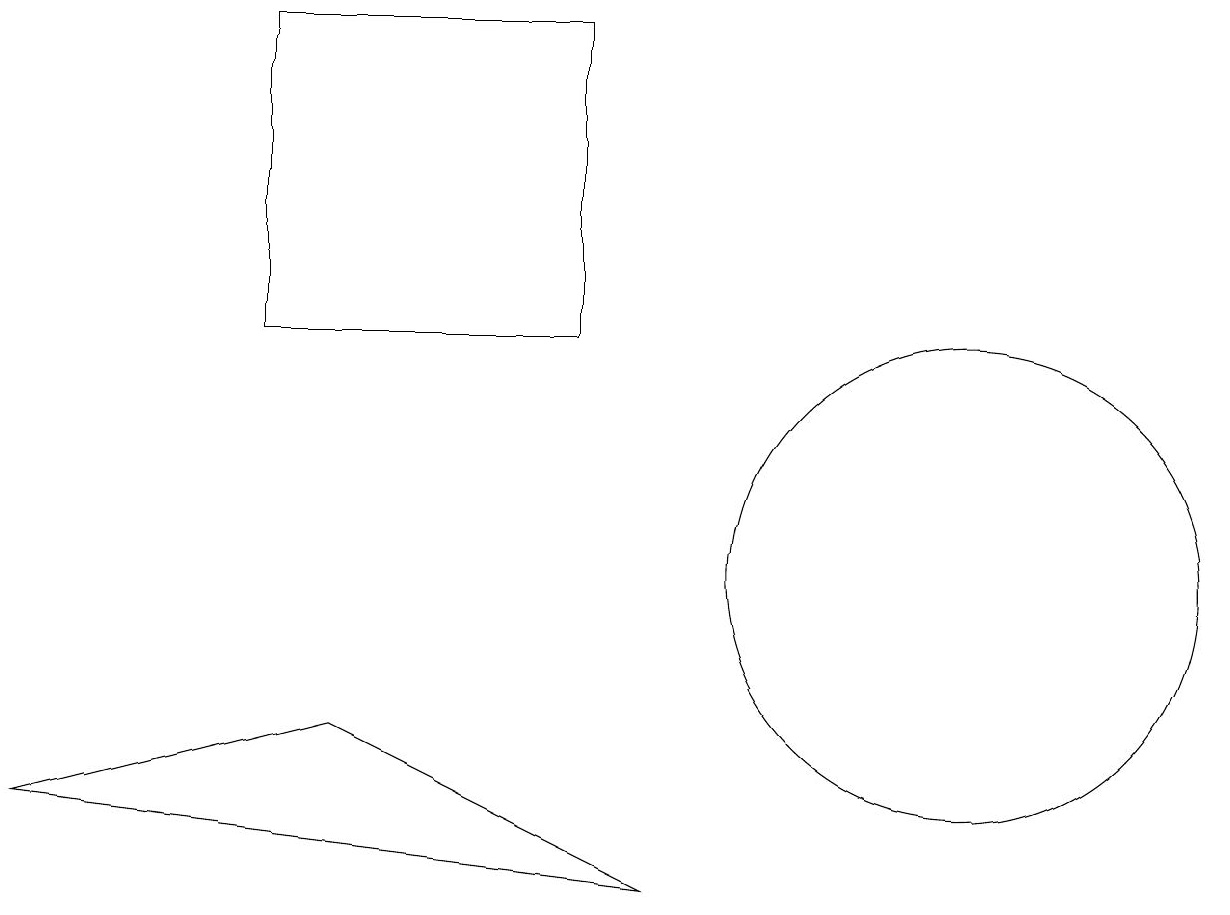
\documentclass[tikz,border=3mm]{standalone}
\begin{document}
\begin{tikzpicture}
\draw (7,17) rectangle (3,13);
\draw (4,8) -- (8,6) -- (0,7) -- cycle;
\draw (12,10) circle (3);
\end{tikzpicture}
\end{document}